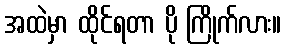
အထဲမှာ ထိုင်ရတာ ပို ကြိုက်လား။